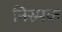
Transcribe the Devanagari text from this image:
निस्र्पक